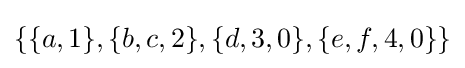
\{\{a,1\},\{b,c,2\},\{d,3,0\},\{e,f,4,0\}\}